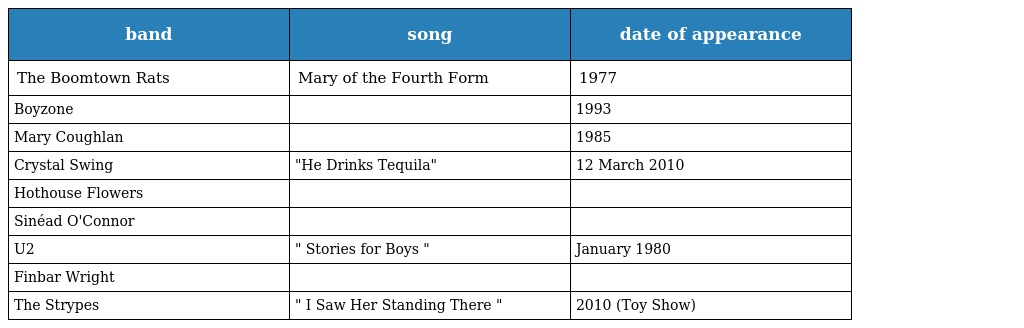
| band | song | date of appearance |
 | --- | --- | --- |
 | The Boomtown Rats | Mary of the Fourth Form | 1977 |
 | Boyzone |  | 1993 |
 | Mary Coughlan |  | 1985 |
 | Crystal Swing | "He Drinks Tequila" | 12 March 2010 |
 | Hothouse Flowers |  |  |
 | Sinéad O'Connor |  |  |
 | U2 | " Stories for Boys " | January 1980 |
 | Finbar Wright |  |  |
 | The Strypes | " I Saw Her Standing There " | 2010 (Toy Show) |